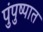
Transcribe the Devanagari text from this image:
पुंपुष्पात